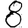
Digit: 8